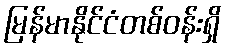
မြန်မာနိုင်ငံတစ်ဝန်းရှိ